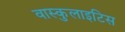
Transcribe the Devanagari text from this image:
वास्कुलाइटिस